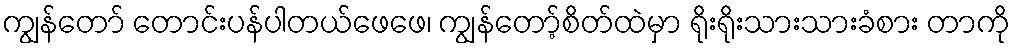
ကျွန်တော် တောင်းပန်ပါတယ်ဖေဖေ၊ ကျွန်တော့်စိတ်ထဲမှာ ရိုးရိုးသားသားခံစား တာကို